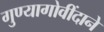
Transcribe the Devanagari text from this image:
गुण्यागोवींदाने